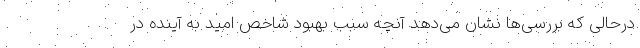
درحالی که بررسی‌ها نشان می‌دهد آنچه سبب بهبود شاخص امید به آینده در